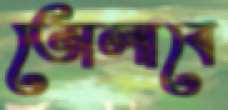
তোলাবে